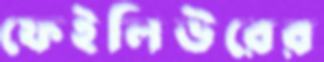
ফেইলিউরের